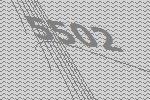
5502